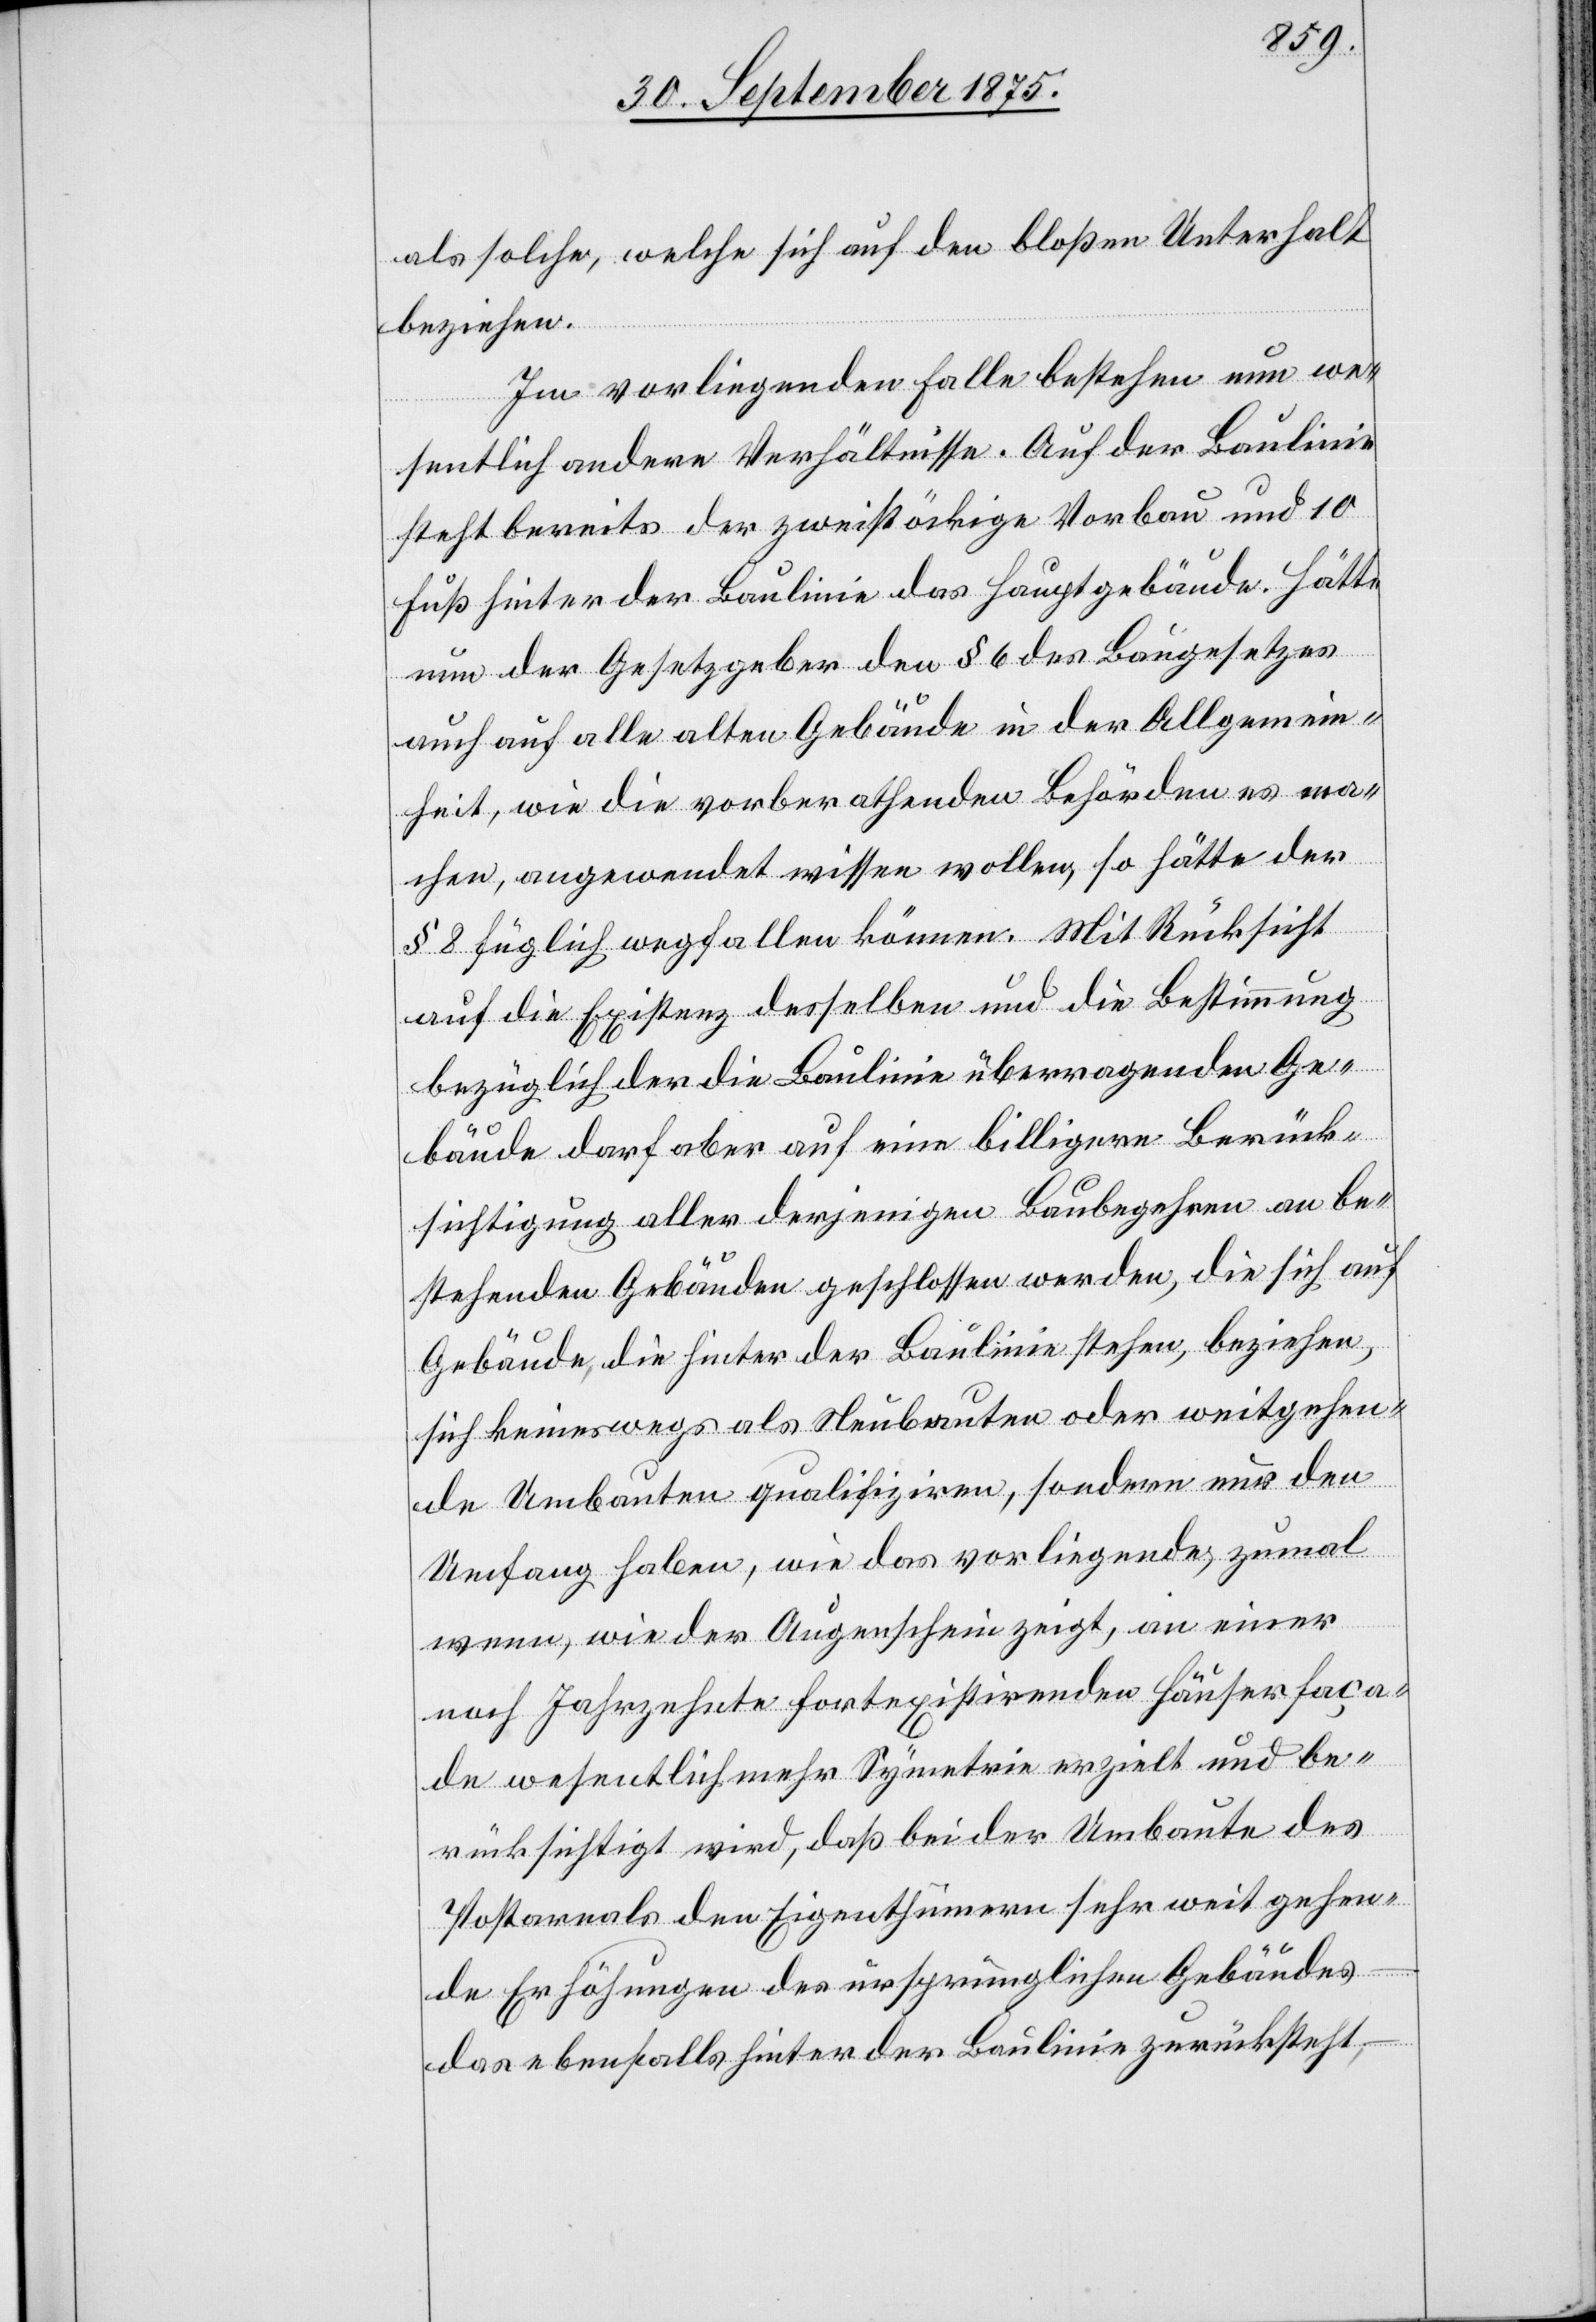
als solche, welche sich auf den bloßen Unterhalt
beziehen.
Im vorliegenden Falle bestehen nun we¬
sentlich andere Verhältnisse. Auf der Baulinie
steht bereits der zweistöckige Vorbau und 10
Fuß hinter der Baulinie das Hauptgebäude. Hätte
nun der Gesetzgeber den § 6 des Baugesetzes
auch auf alle alten Gebäude in der Allgemein¬
heit, wie die vorberathenden Behörden es ma¬
chen, angewendet wissen wollen, so hätte der
§ 8 füglich wegfallen können. Mit Rücksicht
auf die Existenz desselben und die Bestimmung
bezüglich der die Baulinie überragenden Ge¬
bäude darf aber auf eine billigere Berück¬
sichtigung aller derjenigen Baubegehren an be¬
stehenden Gebäuden geschlossen werden, die sich auf
Gebäude, die hinter der Baulinie stehen, beziehen,
sich keineswegs als Neubauten oder weitgehen¬
de Umbauten qualifiziren, sondern nur den
Umfang haben, wie das vorliegende, zumal
wenn, wie der Augenschein zeigt, an einer
noch Jahrzehnte fortexistirenden Häuserfaça¬
de wesentlich mehr Symetrie erzielt und be¬
rücksichtigt wird, daß bei der Umbaute des
Postareals den Eigenthümern sehr weit gehen¬
de Erhöhungen des ursprünglichen Gebäudes
das ebenfalls hinter der Baulinie zurücksteht,